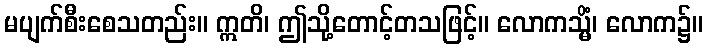
မပျက်စီးစေသတည်း။ ဣတိ၊ ဤသို့တောင့်တသဖြင့်။ လောကသ္မိံ၊ လောက၌။